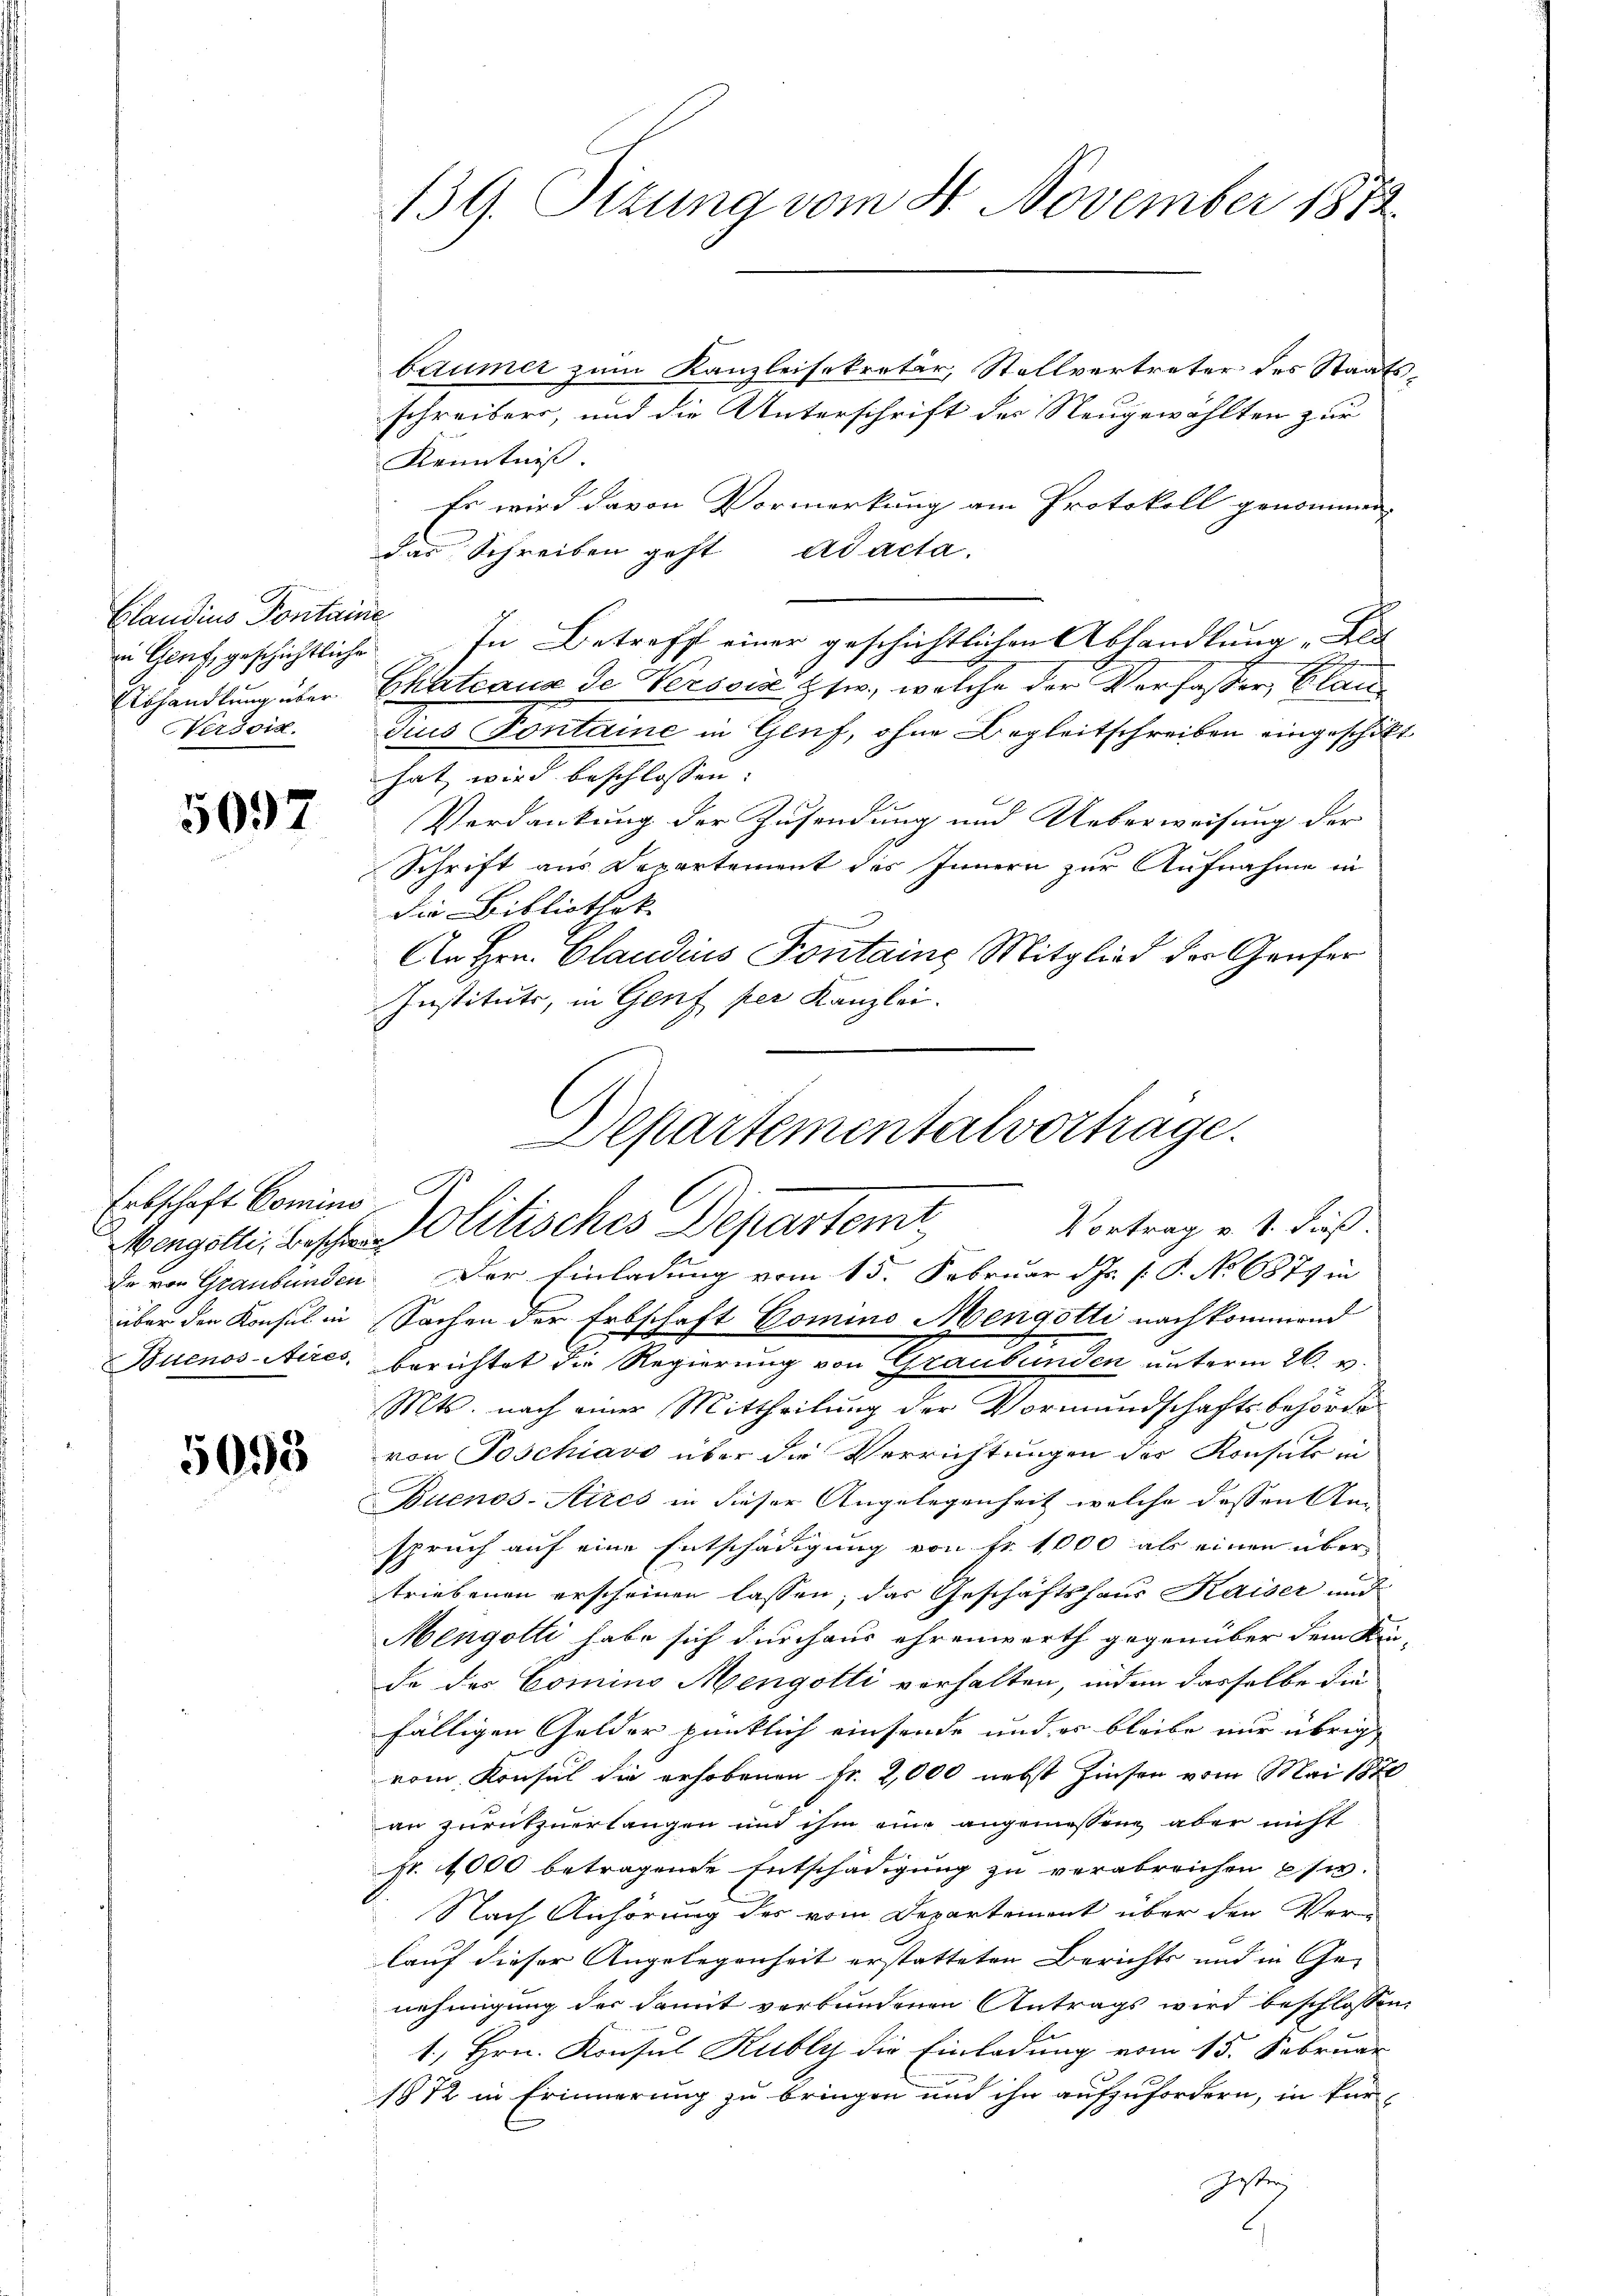
Claudius Pontaine
in Genf, geschichtliche
Abhandlung über
Nersoiz.

5097

Erbschaft Domino

5095

139. Situng vom 4. November 1873.

baumer zum Kanzleisekretär, Stellvertreter des Staatsschreibers, und die Unterschrift des Neugewählten zur
Kenntniß.
Es wird davon Vormerkung am Protokoll genommen
das Schreiben geht ad acta.
In Betreff einer geschichtlichen Abhandlung „Klet
e
Ehateaus de Versoise Etw., welche der Verfasser, Blaudius Pontaine in Genf, ohne Begleitschreiben eingeschikt
hat, wird beschlossen:
Verdankung der Zusendung und Ueberweisung der
Schrift aus Departement des Innern zur Aufnahme in
die Bibliothek
An Hrn. Claudius Pontaine Mitglied der Genfer
Instituts, in Genf per Kanzlei.
Departementalvorträge.

Vortrag u. s. dieß.
Wengolte, beschen Molitisches Departem

de von Graubünden. Der Einladung vom 15. Februar d. Js. [: P. No 6879 in
über der Konsul in Sachen der Erbschaft Gomino Mengotti nachkommend
Buenos Aires. berichtet die Regierung von Graubünden unterm 26. v.
Mts. nach einer Mittheilung der Vormundschaftsbehörde
von Poschiavo über die Verrichtungen der Konsuls in
Buenos-Aires in dieser Angelegenheit welche dessen Anspruch auf eine Entschädigung von Fr. 1000 als einen über
triebenen erscheinen lassen; das Geschäftshaus Kaiser und
Mengotti habe sich durchaus ehrenwerth gegenüber dem Kin-
de des Comino Mengotti verhalten, indem dasselbe die
fälligen Gelder pünklich einsende und er bleibe nur übrig
vom Konsul die erhobenen Fr. 2,000 nebst Zinsen vom Mai 1870
an zurückzuerlangen und ihm eine angemessene aber nicht
pr. 1000 betragende Entschädigung zu verabreichen usw.
Nach Anhörung des vom Departement über den Ver-
lauf dieser Angelegenheit erstatteten Berichts und in Ge-
nehmigung der damit verbundenen Antrags wird beschlossen,
1., Hrn. Konsul Kubly die Einladung vom 15. Februar
1872 in Erinnerung zu bringen und ihn aufzufordern, in für
Zester